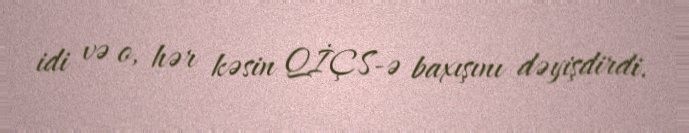
idi və o, hər kəsin QİÇS-ə baxışını dəyişdirdi.